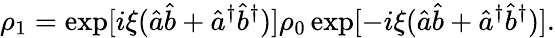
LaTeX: \rho_{1}=\exp[i\xi(\hat{a}\hat{b}+\hat{a}^{\dagger}\hat{b}^{\dagger})]\rho_{0}\exp[-i\xi(\hat{a}\hat{b}+\hat{a}^{\dagger}\hat{b}^{\dagger})].